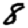
Digit: 8